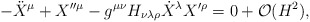
\begin{align*}- \ddot{X}^{\mu} + X^{\prime \prime \mu} -g^{\mu \nu} H_{\nu \lambda \rho} \dot{X}^{\lambda} X^{\prime \rho}=0 + {\cal O}(H^2),\end{align*}